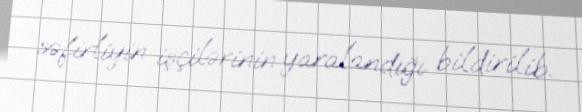
səfirliyin işçilərinin yaralandığı bildirilib.